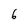
Character: 6